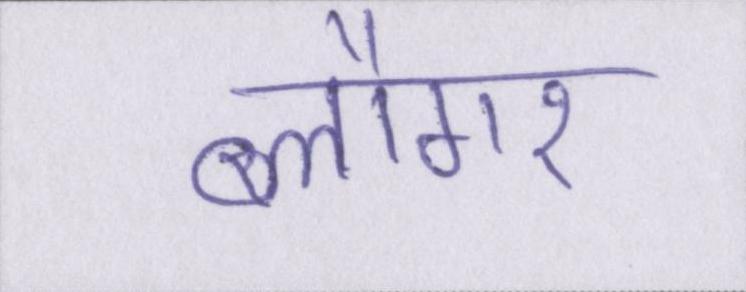
ब्लौगर